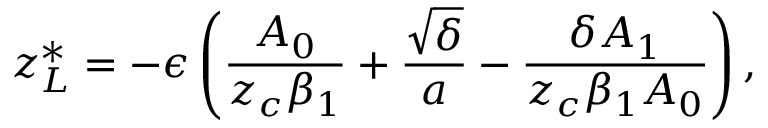
z _ { L } ^ { * } = - \epsilon \left( \frac { A _ { 0 } } { z _ { c } \beta _ { 1 } } + \frac { \sqrt { \delta } } { a } - \frac { \delta A _ { 1 } } { z _ { c } \beta _ { 1 } A _ { 0 } } \right) ,